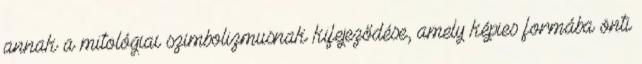
annak a mitológiai szimbolizmusnak kifejeződése, amely képies formába önti